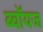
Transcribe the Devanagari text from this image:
ब्‍वॉयज